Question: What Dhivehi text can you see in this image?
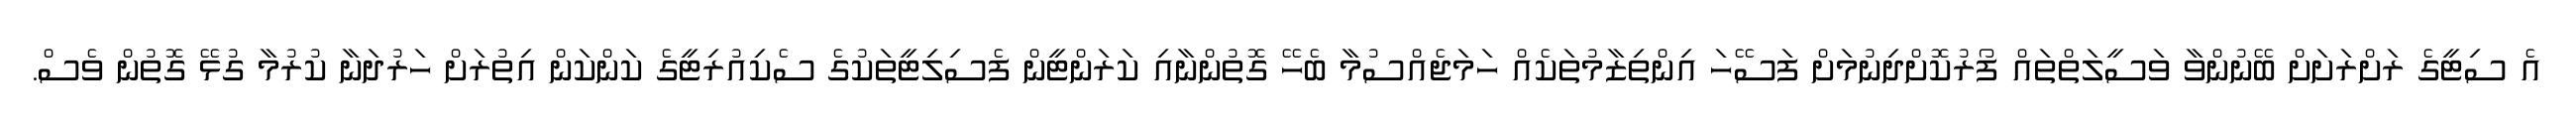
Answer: އެ ސިޓީގެ ރަށްރަށަށް ބޭނުންވާ ވަސީލަތްތައް ފޯރުކޮށްދިނުމަށް ފަސޭހަ އިންތިޒާމުތަކެއް ހަމަޖެއްސުމާ ބެހޭ ގޮތުންނާއި ކަރަންޓީން ފެސިލިޓީތަކުގެ ސެކިއުރިޓީގެ ކަންކަން އިތުރަށް ހަރުދަނާ ކުރުމާ ގުޅޭ ގޮތުން ވެސް.